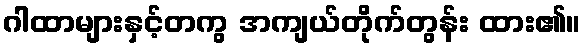
ဂါထာများနှင့်တကွ အကျယ်တိုက်တွန်း ထား၏။